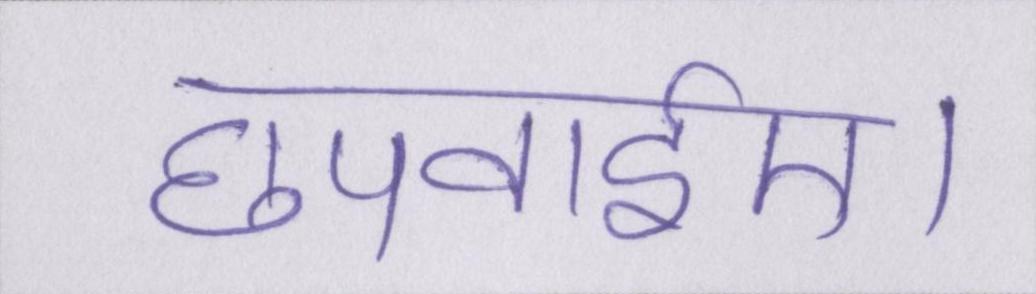
छपवाईए।